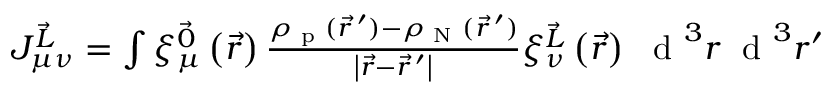
\begin{array} { r } { J _ { \mu \nu } ^ { \vec { L } } = \int \xi _ { \mu } ^ { \vec { 0 } } \left( \vec { r } \right) \frac { \rho _ { \textrm { p } } ( \vec { r } \, ^ { \prime } ) - \rho _ { \textrm { N } } ( \vec { r } \, ^ { \prime } ) } { \left| \vec { r } - \vec { r } \, ^ { \prime } \right| } \xi _ { \nu } ^ { \vec { L } } \left( \vec { r } \right) ~ \textrm { d } ^ { 3 } r \; \textrm { d } ^ { 3 } r ^ { \prime } } \end{array}